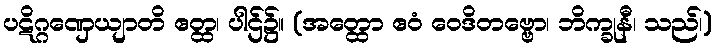
ပဋိဂ္ဂဏှေယျာတိ ဧတ္ထ၊ ပါဌ်၌။ (အတ္ထော ဧဝံ ဝေဒိတဗ္ဗော၊ ဘိက္ခုနီ၊ သည်၊)